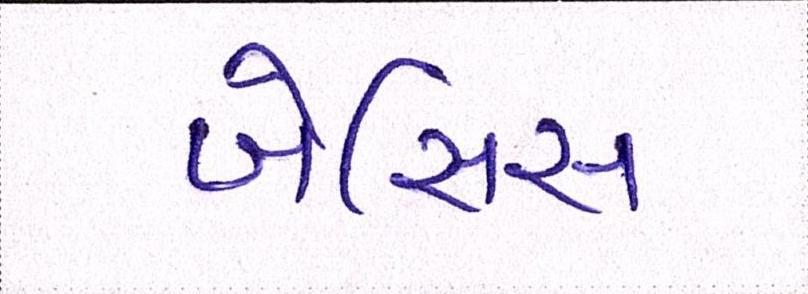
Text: બેસિસ